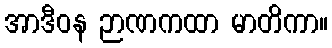
အာဒီဝန ဉာဏကထာ မာတိကာ။